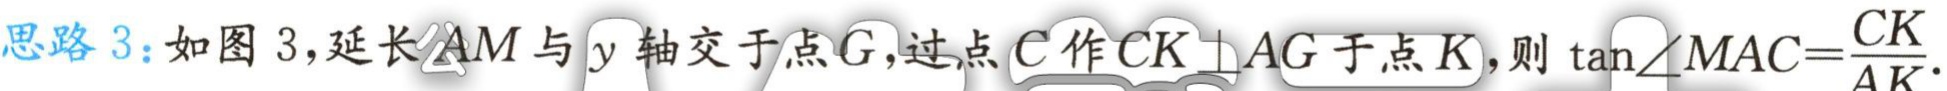
思路 3：如图 3，延长\(AM\)与\(y\)轴交于点\(G\)，过点\(C\)作\(CK\perp AG\)于点\(K\)，则\(\tan\angle MAC = \frac{CK}{AK}\).